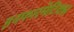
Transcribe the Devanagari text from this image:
इनफारमेटिक्स